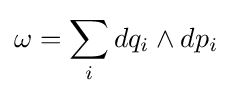
\omega =\sum _{i}dq_{i}\wedge dp_{i}